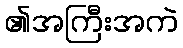
၏အကြီးအကဲ